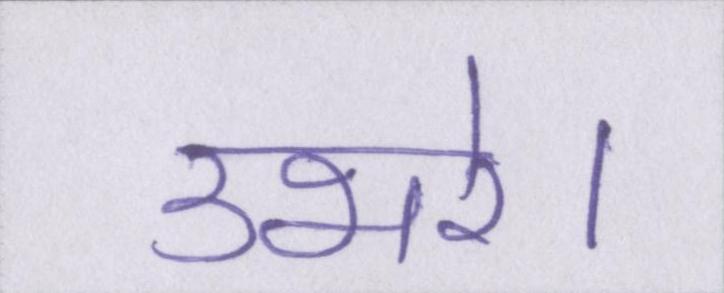
उभरे।